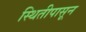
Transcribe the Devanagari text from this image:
स्थितीपासून